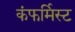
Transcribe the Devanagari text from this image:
कंफर्मिस्ट